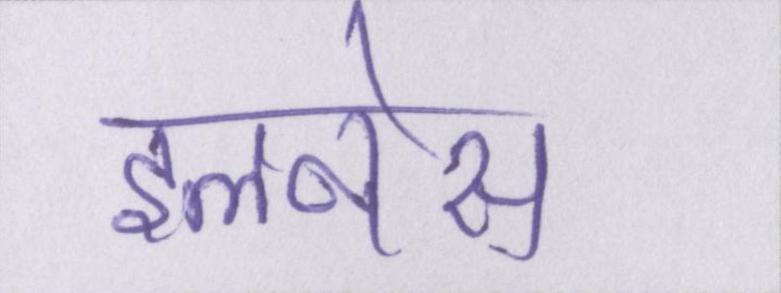
इलनेस